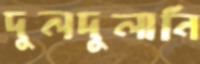
দুলদুলানি